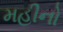
મહીનો